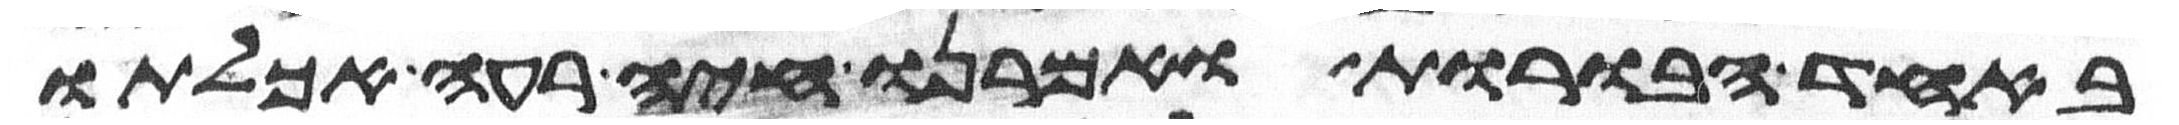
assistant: באחד הבורות ואמרנו חיה רעה אכלתו